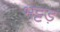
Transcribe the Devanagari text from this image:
भट्टड़